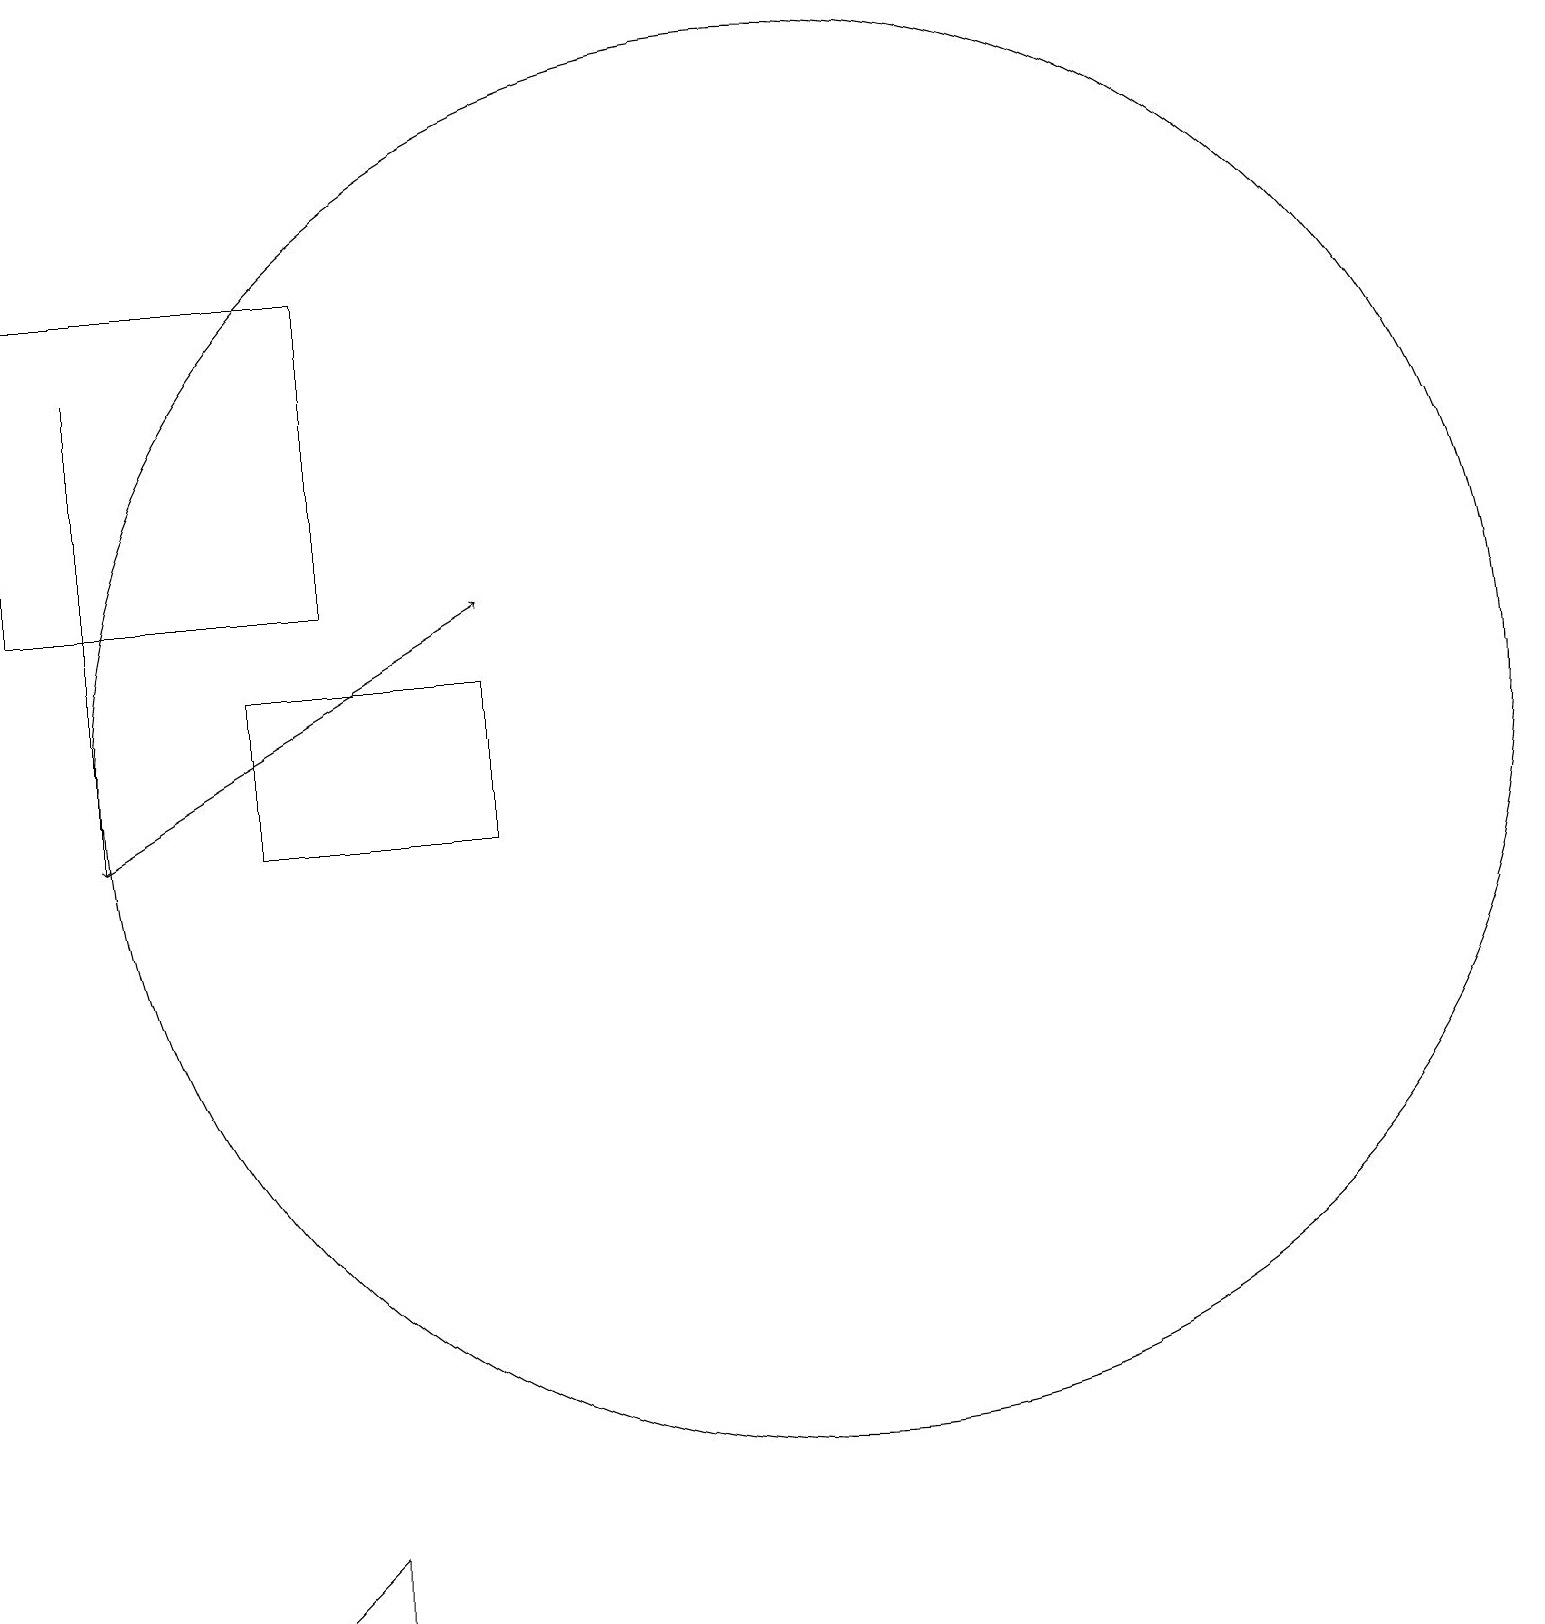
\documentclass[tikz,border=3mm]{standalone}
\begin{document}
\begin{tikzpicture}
\draw (12,11) circle (9);
\draw (6,17) rectangle (2,13);
\draw (6,1) -- (5,0) -- (6,0) -- cycle;
\draw[->] (3,16) -- (3,10);
\draw[->] (3,10) -- (8,13);
\draw (5,10) rectangle (8,12);
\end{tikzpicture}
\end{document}